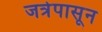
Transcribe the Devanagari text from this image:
जत्रेपासून